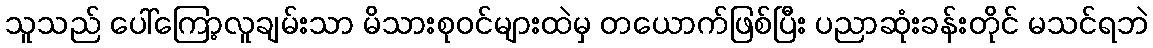
သူသည် ပေါ်ကြော့လူချမ်းသာ မိသားစုဝင်များထဲမှ တယောက်ဖြစ်ပြီး ပညာဆုံးခန်းတိုင် မသင်ရဘဲ